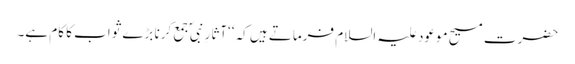
حضرت مسیح موعود علیہ السلام فرماتے ہیں کہ ‘‘آثارِ نبیؐ جمع کرنا بڑے ثواب کا کام ہے۔